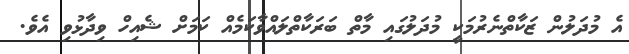
އެ މުދަލުން ޒަކާތްނެރުމަކީ މުދަލުގައި މާތް ބަރަކާތްލައްވާކަމެއް ކަމަށް ޝެއިހް ވިދާޅުވި އެވެ.